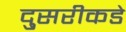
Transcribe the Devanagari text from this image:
दु्सरीकडे